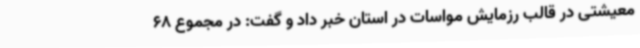
معیشتی در قالب رزمایش مواسات در استان خبر داد و گفت: در مجموع 68